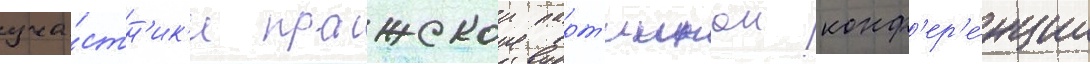
уча́стн'ик'и пражскои парт'иинои конф'ер'е́нции